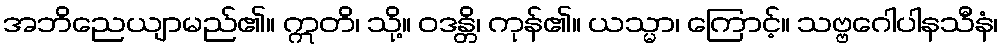
အဘိညေယျာမည်၏။ ဣတိ၊ သို့။ ဝဒန္တိ၊ ကုန်၏။ ယသ္မာ၊ ကြောင့်။ သဗ္ဗဂေါပါနသီနံ၊